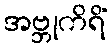
အဗ္ဘုကိရိံ